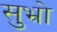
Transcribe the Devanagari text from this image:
सुभ्रो